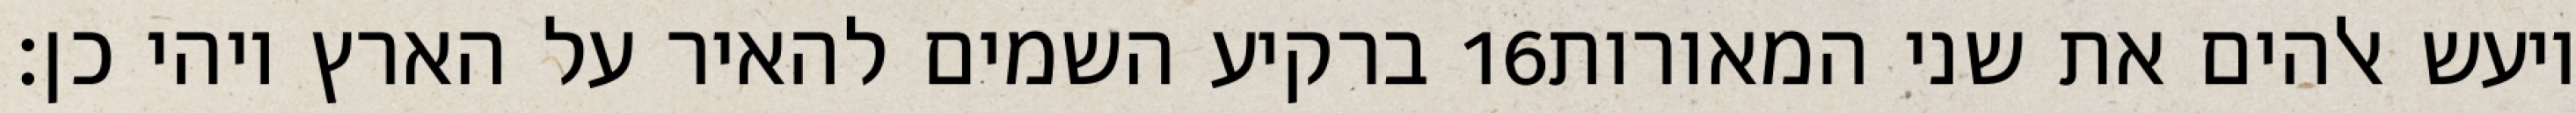
ברקיע השמים להאיר על הארץ ויהי כן׃ ‎16‏ ויעש אלהים את שני המאורות